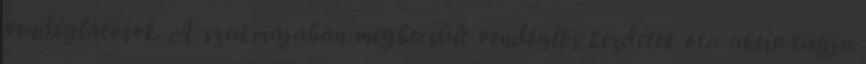
vendéglátósok. A szakmájában megbecsült vendéglôs kezdetek óta aktív tagja